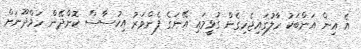
އެ އިން އަންބަކު ހާލުގައިޖެހިގެން ގުޅީމައި އޭނަގެ ފެންވަރު އިހުސާސް ކޮށްދޭން ހަމްދޫނަށް